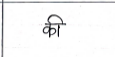
मजकूर: की